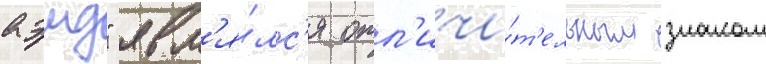
аэмд" явл'я́лс'я отл'ичи́т'ельным знаком